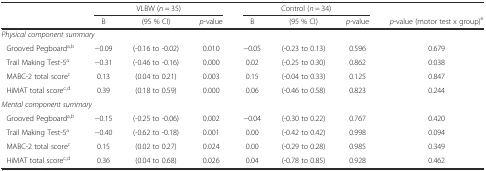
| <ROWSPAN=2>  | <COLSPAN=3> VLBW (n = 35) | <COLSPAN=3> Control (n = 34) |  |
 | B | (95 % CI) | p-value | B | (95 % CI) | p-value | p-value (motor test x group)e |
 | --- | --- | --- | --- | --- | --- | --- | --- |
 | <COLSPAN=8> Physical component summary |
 | Grooved Pegboarda,b | −0.09 | (-0.16 to -0.02) | 0.010 | −0.05 | (-0.23 to 0.13) | 0.596 | 0.679 |
 | Trail Making Test-5a | −0.31 | (-0.46 to -0.16) | 0.000 | 0.02 | (-0.25 to 0.30) | 0.862 | 0.038 |
 | MABC-2 total scorec | 0.13 | (0.04 to 0.21) | 0.003 | 0.15 | (-0.04 to 0.33) | 0.125 | 0.847 |
 | HiMAT total scorec,d | 0.39 | (0.18 to 0.59) | 0.000 | 0.06 | (-0.46 to 0.58) | 0.823 | 0.244 |
 | <COLSPAN=8> Mental component summary |
 | Grooved Pegboarda,b | −0.15 | (-0.25 to -0.06) | 0.002 | −0.04 | (-0.30 to 0.22) | 0.767 | 0.420 |
 | Trail Making Test-5a | −0.40 | (-0.62 to -0.18) | 0.001 | 0.00 | (-0.42 to 0.42) | 0.998 | 0.094 |
 | MABC-2 total scorec | 0.15 | (0.02 to 0.27) | 0.024 | 0.00 | (-0.29 to 0.28) | 0.985 | 0.349 |
 | HiMAT total scorec,d | 0.36 | (0.04 to 0.68) | 0.026 | 0.04 | (-0.78 to 0.85) | 0.928 | 0.462 |